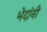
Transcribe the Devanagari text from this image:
भेदांनी